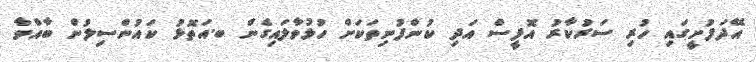
އޭދަފުށީގައި ހުރި ސަރުކާރު އޮފީސް އަދި ކުންފުނިތަކަށް ހުޅުވާލައިގެން ބ.އަތޮޅު ކައުންސިލުން ބާއްވާ